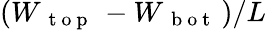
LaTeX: (W_{\mathrm{~{~t~o~p~}~}}-W_{\mathrm{~{~b~o~t~}~}})/L